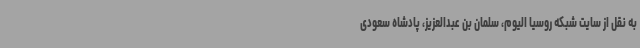
به نقل از سایت شبکه روسیا الیوم، سلمان بن عبدالعزیز، پادشاه سعودی